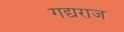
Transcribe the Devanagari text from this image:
गद्यराज